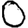
Digit: 0